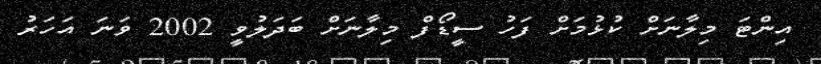
އިންޓަ މިލާނަށް ކުޅުމަށް ފަހު ސީޑޯފް މިލާނަށް ބަދަލުވީ 2002 ވަނަ އަހަރު